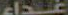
غداء